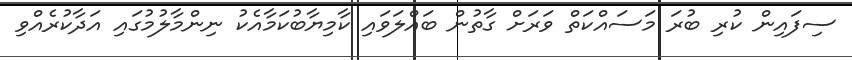
ސިފައިން ކުރި ބުރަ މަސައްކަތް ވަރަށް ގާތުން ބައްލަވައި ކާމިޔާބުކަމާއެކު ނިންމާލުމުގައި އަދާކުރެއްވި